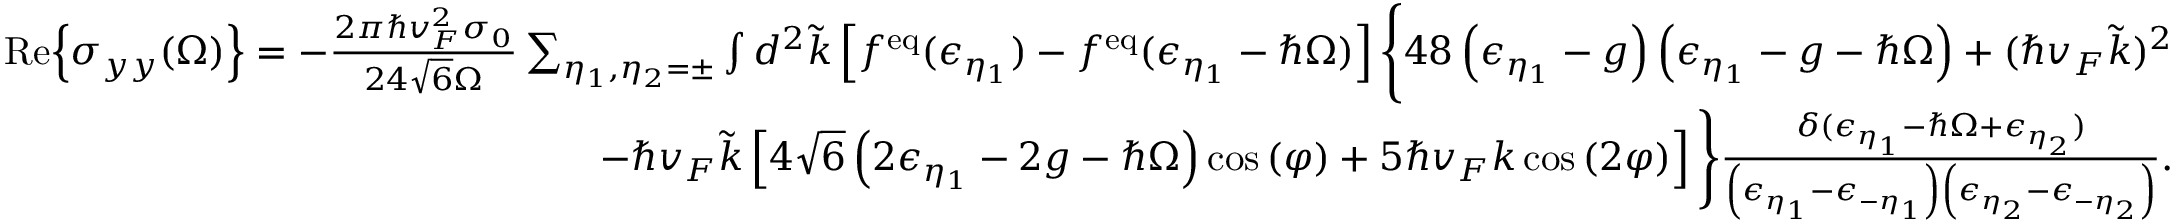
\begin{array} { r l r } & { } & { \mathrm { R e } { \left\{ \sigma _ { y y } ( \Omega ) \right\} } = - \frac { 2 \pi \hbar v _ { F } ^ { 2 } \sigma _ { 0 } } { 2 4 \sqrt { 6 } \Omega } \sum _ { \eta _ { 1 } , \eta _ { 2 } = \pm } \int d ^ { 2 } \tilde { k } \left[ f ^ { \mathrm { e q } } ( \epsilon _ { \eta _ { 1 } } ) - f ^ { \mathrm { e q } } ( \epsilon _ { \eta _ { 1 } } - \hbar \Omega ) \right] \Bigg \{ 4 8 \left( \epsilon _ { \eta _ { 1 } } - g \right) \left( \epsilon _ { \eta _ { 1 } } - g - \hbar \Omega \right) + ( \hbar v _ { F } \tilde { k } ) ^ { 2 } } \\ & { } & { - \hbar v _ { F } \tilde { k } \left[ 4 \sqrt { 6 } \left( 2 \epsilon _ { \eta _ { 1 } } - 2 g - \hbar \Omega \right) \cos { ( \varphi ) } + 5 \hbar v _ { F } k \cos { ( 2 \varphi ) } \right] \Bigg \} \frac { \delta ( \epsilon _ { \eta _ { 1 } } - \hbar \Omega + \epsilon _ { \eta _ { 2 } } ) } { \left( \epsilon _ { \eta _ { 1 } } - \epsilon _ { - \eta _ { 1 } } \right) \left( \epsilon _ { \eta _ { 2 } } - \epsilon _ { - \eta _ { 2 } } \right) } . } \end{array}